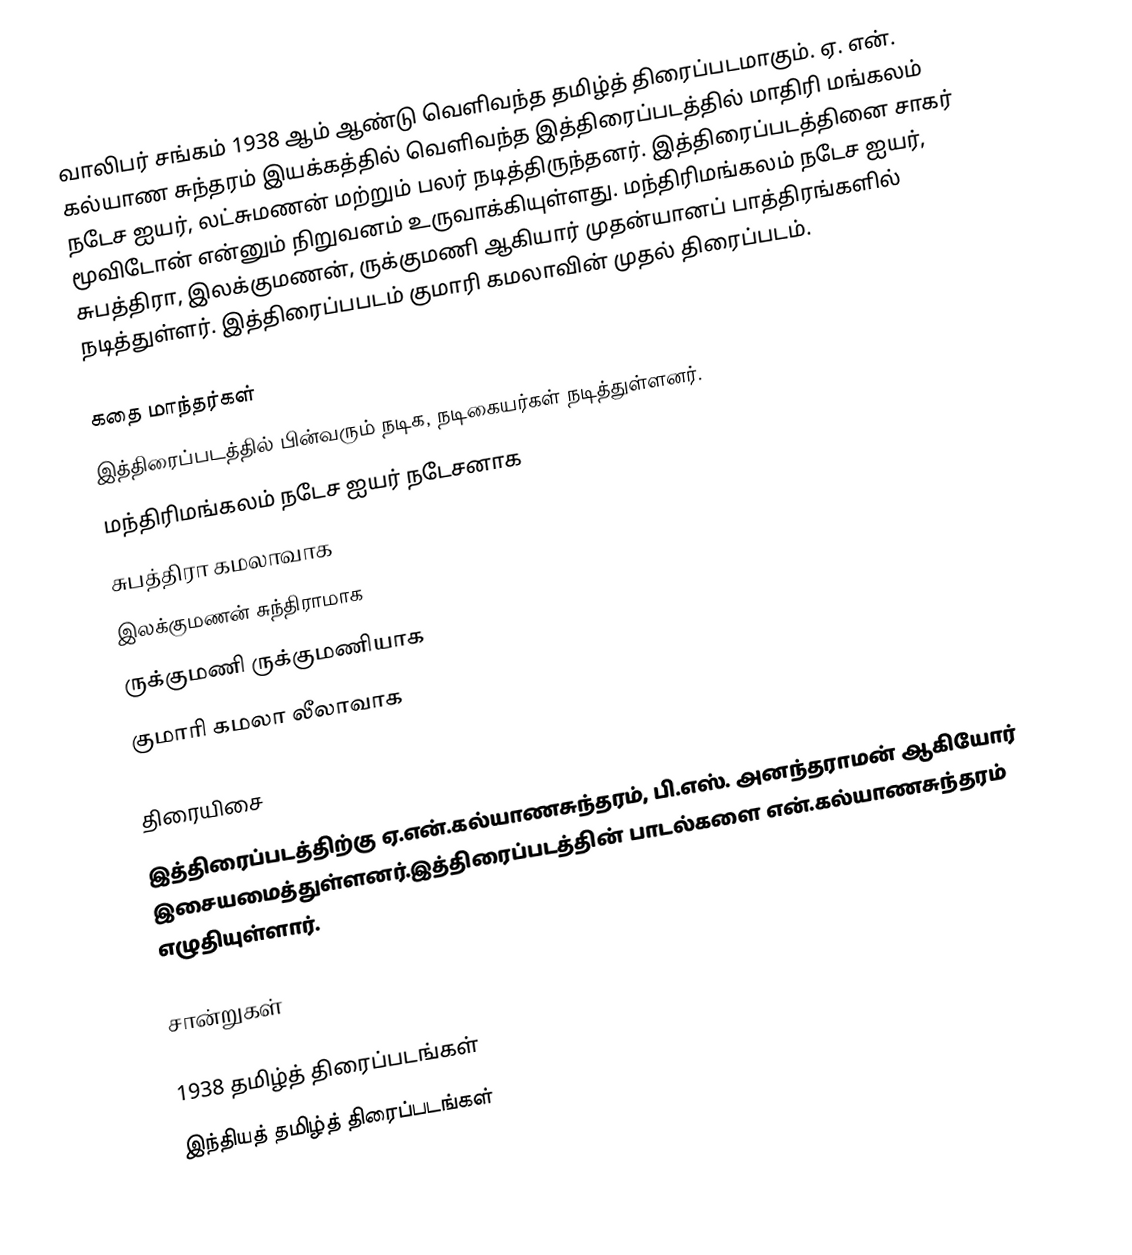
வாலிபர் சங்கம் 1938 ஆம் ஆண்டு வெளிவந்த தமிழ்த் திரைப்படமாகும். ஏ. என். கல்யாண சுந்தரம் இயக்கத்தில் வெளிவந்த இத்திரைப்படத்தில் மாதிரி மங்கலம் நடேச ஐயர், லட்சுமணன் மற்றும் பலர் நடித்திருந்தனர். இத்திரைப்படத்தினை சாகர் மூவிடோன் என்னும் நிறுவனம் உருவாக்கியுள்ளது. மந்திரிமங்கலம் நடேச ஐயர், சுபத்திரா, இலக்குமணன், ருக்குமணி ஆகியார் முதன்யானப் பாத்திரங்களில் நடித்துள்ளர். இத்திரைப்பபடம் குமாரி கமலாவின் முதல் திரைப்படம்.

கதை மாந்தர்கள்
இத்திரைப்படத்தில் பின்வரும் நடிக, நடிகையர்கள் நடித்துள்ளனர்.
 மந்திரிமங்கலம் நடேச ஐயர் நடேசனாக
சுபத்திரா கமலாவாக
இலக்குமணன் சுந்திராமாக
ருக்குமணி ருக்குமணியாக
குமாரி கமலா லீலாவாக

திரையிசை
இத்திரைப்படத்திற்கு ஏ.என்.கல்யாணசுந்தரம், பி.எஸ். அனந்தராமன் ஆகியோர் இசையமைத்துள்ளனர்.இத்திரைப்படத்தின் பாடல்களை என்.கல்யாணசுந்தரம் எழுதியுள்ளார்.

சான்றுகள்

1938 தமிழ்த் திரைப்படங்கள்
இந்தியத் தமிழ்த் திரைப்படங்கள்